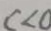
c < 0